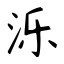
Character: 泺